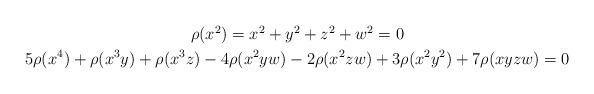
LaTeX: \begin{align*} \begin{gathered} \rho(x^2)=x^2 + y^2 + z^2 + w^2 = 0 \\ 5 \rho(x^4) + \rho(x^3y) + \rho(x^3z) -4\rho(x^2yw) -2 \rho(x^2zw) + 3\rho(x^2y^2) + 7\rho(xyzw) = 0 \end{gathered} \end{align*}